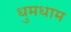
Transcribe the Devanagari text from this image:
धुमधाम